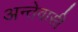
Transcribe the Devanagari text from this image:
अन्तेवासी